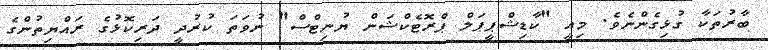
ބާރުތަކާ ގުޅިގެންނެވެ. މިއީ "ކާޑިޝްޕީޕަލް ޕްރޮޓެކްޝަން ޔުނިޓްސް" ނުވަތަ ކުރުދީ ދަރިކޮޅުގެ ރައްޔިތުންގެ